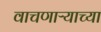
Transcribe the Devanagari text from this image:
वाचणाऱ्याच्या